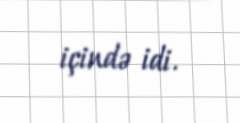
içində idi.